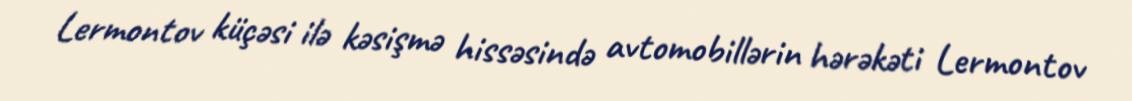
Lermontov küçəsi ilə kəsişmə hissəsində avtomobillərin hərəkəti Lermontov